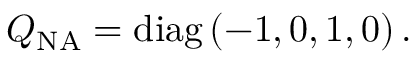
Q _ { \mathrm { N A } } = \mathrm { d i a g } \, ( - 1 , 0 , 1 , 0 ) \, .